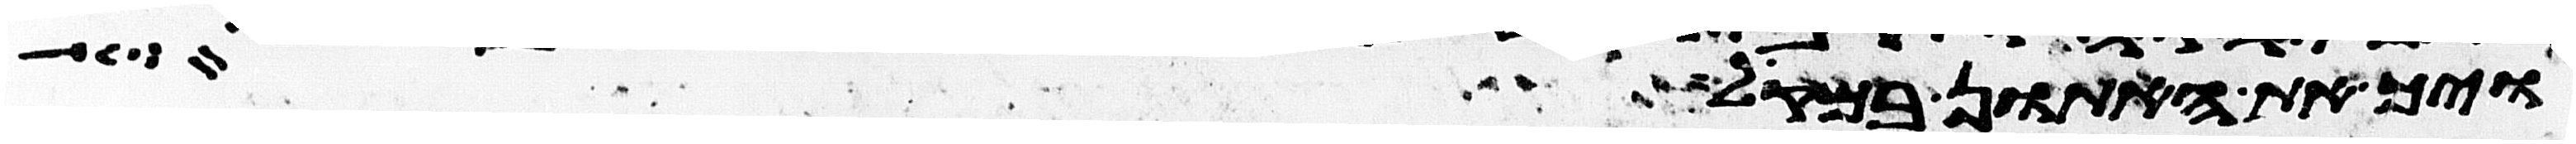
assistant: ויך את האתון במקל